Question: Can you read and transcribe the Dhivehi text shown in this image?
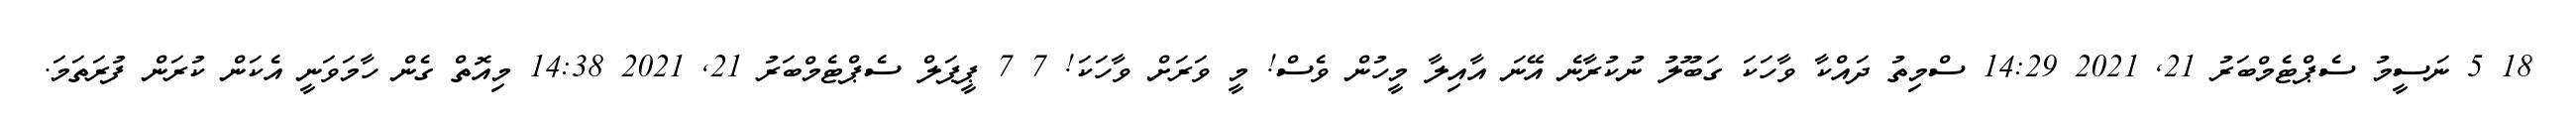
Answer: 18 5 ނަސީމު ސެޕްޓެމްބަރު 21, 2021 14:29 ސްމިތު ދައްކާ ވާހަކަ ގަބޫލު ނުކުރާނެ އޭނަ އާއިލާ މީހުން ވެސް! މީ ވަރަށް ވާހަކަ! 7 7 ޕީޕަލް ސެޕްޓެމްބަރު 21, 2021 14:38 މިއޮތް ގެން ހާމަވަނީ އެކަން ކުރަން ފުރަތަމަ.